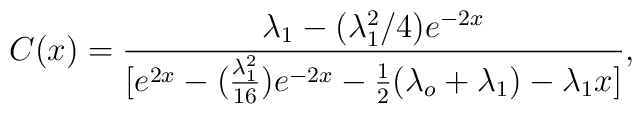
C(x)=\frac{\lambda_1-(\lambda^2_1/4)e^{-2x}}{[e^{2x}-(\frac{\lambda^2_1}{16})e^{-2x}-\frac{1}{2}(\lambda_o+\lambda_1)-\lambda_1x]},